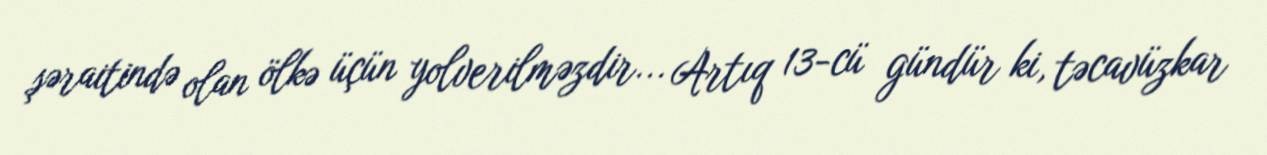
şəraitində olan ölkə üçün yolverilməzdir... Artıq 13-cü gündür ki, təcavüzkar